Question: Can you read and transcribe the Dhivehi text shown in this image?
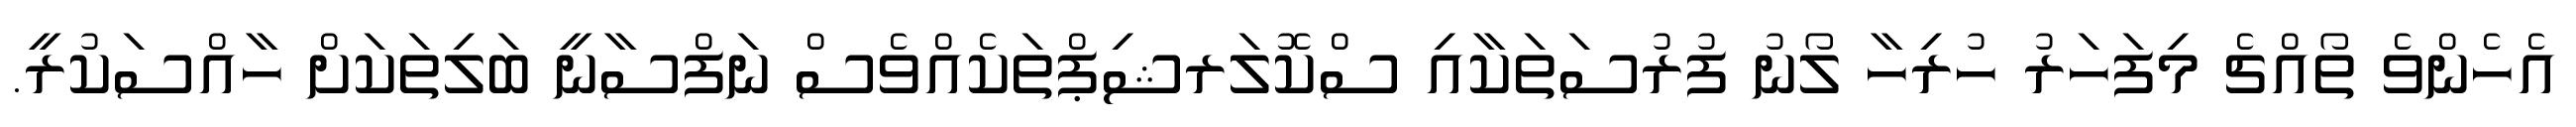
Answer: އެހެންވެ ތޯއްޗެ މިފަހަރު ހުރިހާ ލޯނު ފުރުސަތަކާއި ސްކޮލަރޝިޕްތަކެއްވެސް ނަފްސާނީ ބަލިތަކަށް ހާއްސަކުރީ.